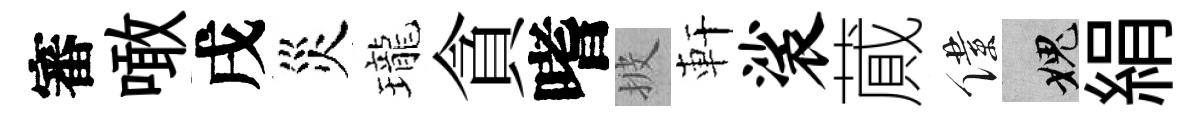
審噉戌災瓏貪嗜披軒裟蕆僕愧絹